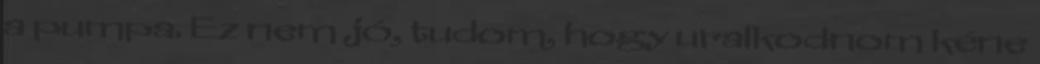
a pumpa. Ez nem jó, tudom, hogy uralkodnom kéne